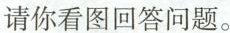
请你看图回答问题。